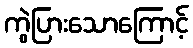
ကွဲပြားသောကြောင့်